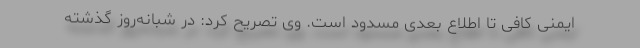
ایمنی کافی‌ تا اطلاع بعدی مسدود است. وی تصریح کرد: در شبانه‌روز گذشته